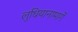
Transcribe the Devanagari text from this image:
लुधियानामार्गे